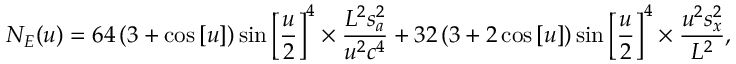
{ N _ { E } } ( u ) = 6 4 \left( { 3 + \cos \left[ u \right] } \right) \sin { \left[ { \frac { u } { 2 } } \right] ^ { 4 } } \times \frac { { { L ^ { 2 } } s _ { a } ^ { 2 } } } { { { u ^ { 2 } } { c ^ { 4 } } } } + 3 2 \left( { 3 + 2 \cos \left[ u \right] } \right) \sin { \left[ { \frac { u } { 2 } } \right] ^ { 4 } } \times \frac { { { u ^ { 2 } } s _ { x } ^ { 2 } } } { { { L ^ { 2 } } } } ,